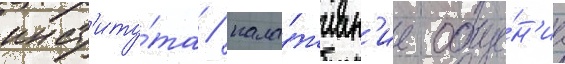
инст'иту́та / нала́живан'ие обще́н'иа